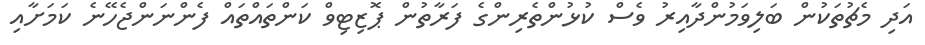
އަދި މެޗުތަކުން ބަލިވަމުންދާއިރު ވެސް ކުޅުންތެރިންގެ ފަރާތުން ޕޮޒިޓިވް ކަންތައްތައް ފެންނަންޖެހޭނެ ކަމަށާއި